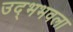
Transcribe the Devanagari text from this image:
उद्भभवला